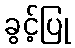
ခွင့်ပြု